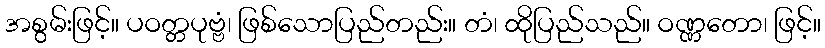
အစွမ်းဖြင့်။ ပဝတ္တပုဗ္ဗံ၊ ဖြစ်သောပြည်တည်း။ တံ၊ ထိုပြည်သည်။ ဝဏ္ဏတော၊ ဖြင့်။